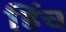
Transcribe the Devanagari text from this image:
हिंच